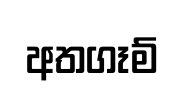
අතගෑම්